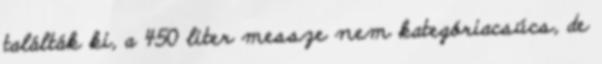
találták ki, a 450 liter messze nem kategóriacsúcs, de